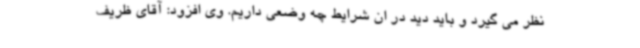
نظر می گیرد و باید دید در ان شرایط چه وضعی داریم. وی افزود: آقای ظریف